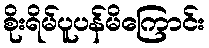
စိုးရိမ်ပူပန်မိကြောင်း